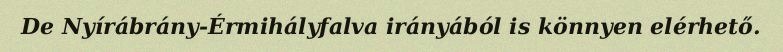
De Nyírábrány-Érmihályfalva irányából is könnyen elérhető.